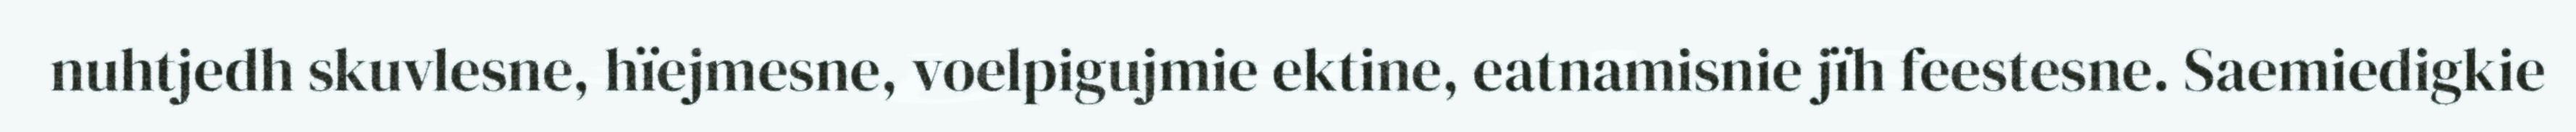
nuhtjedh skuvlesne, hïejmesne, voelpigujmie ektine, eatnamisnie jïh feestesne. Saemiedigkie